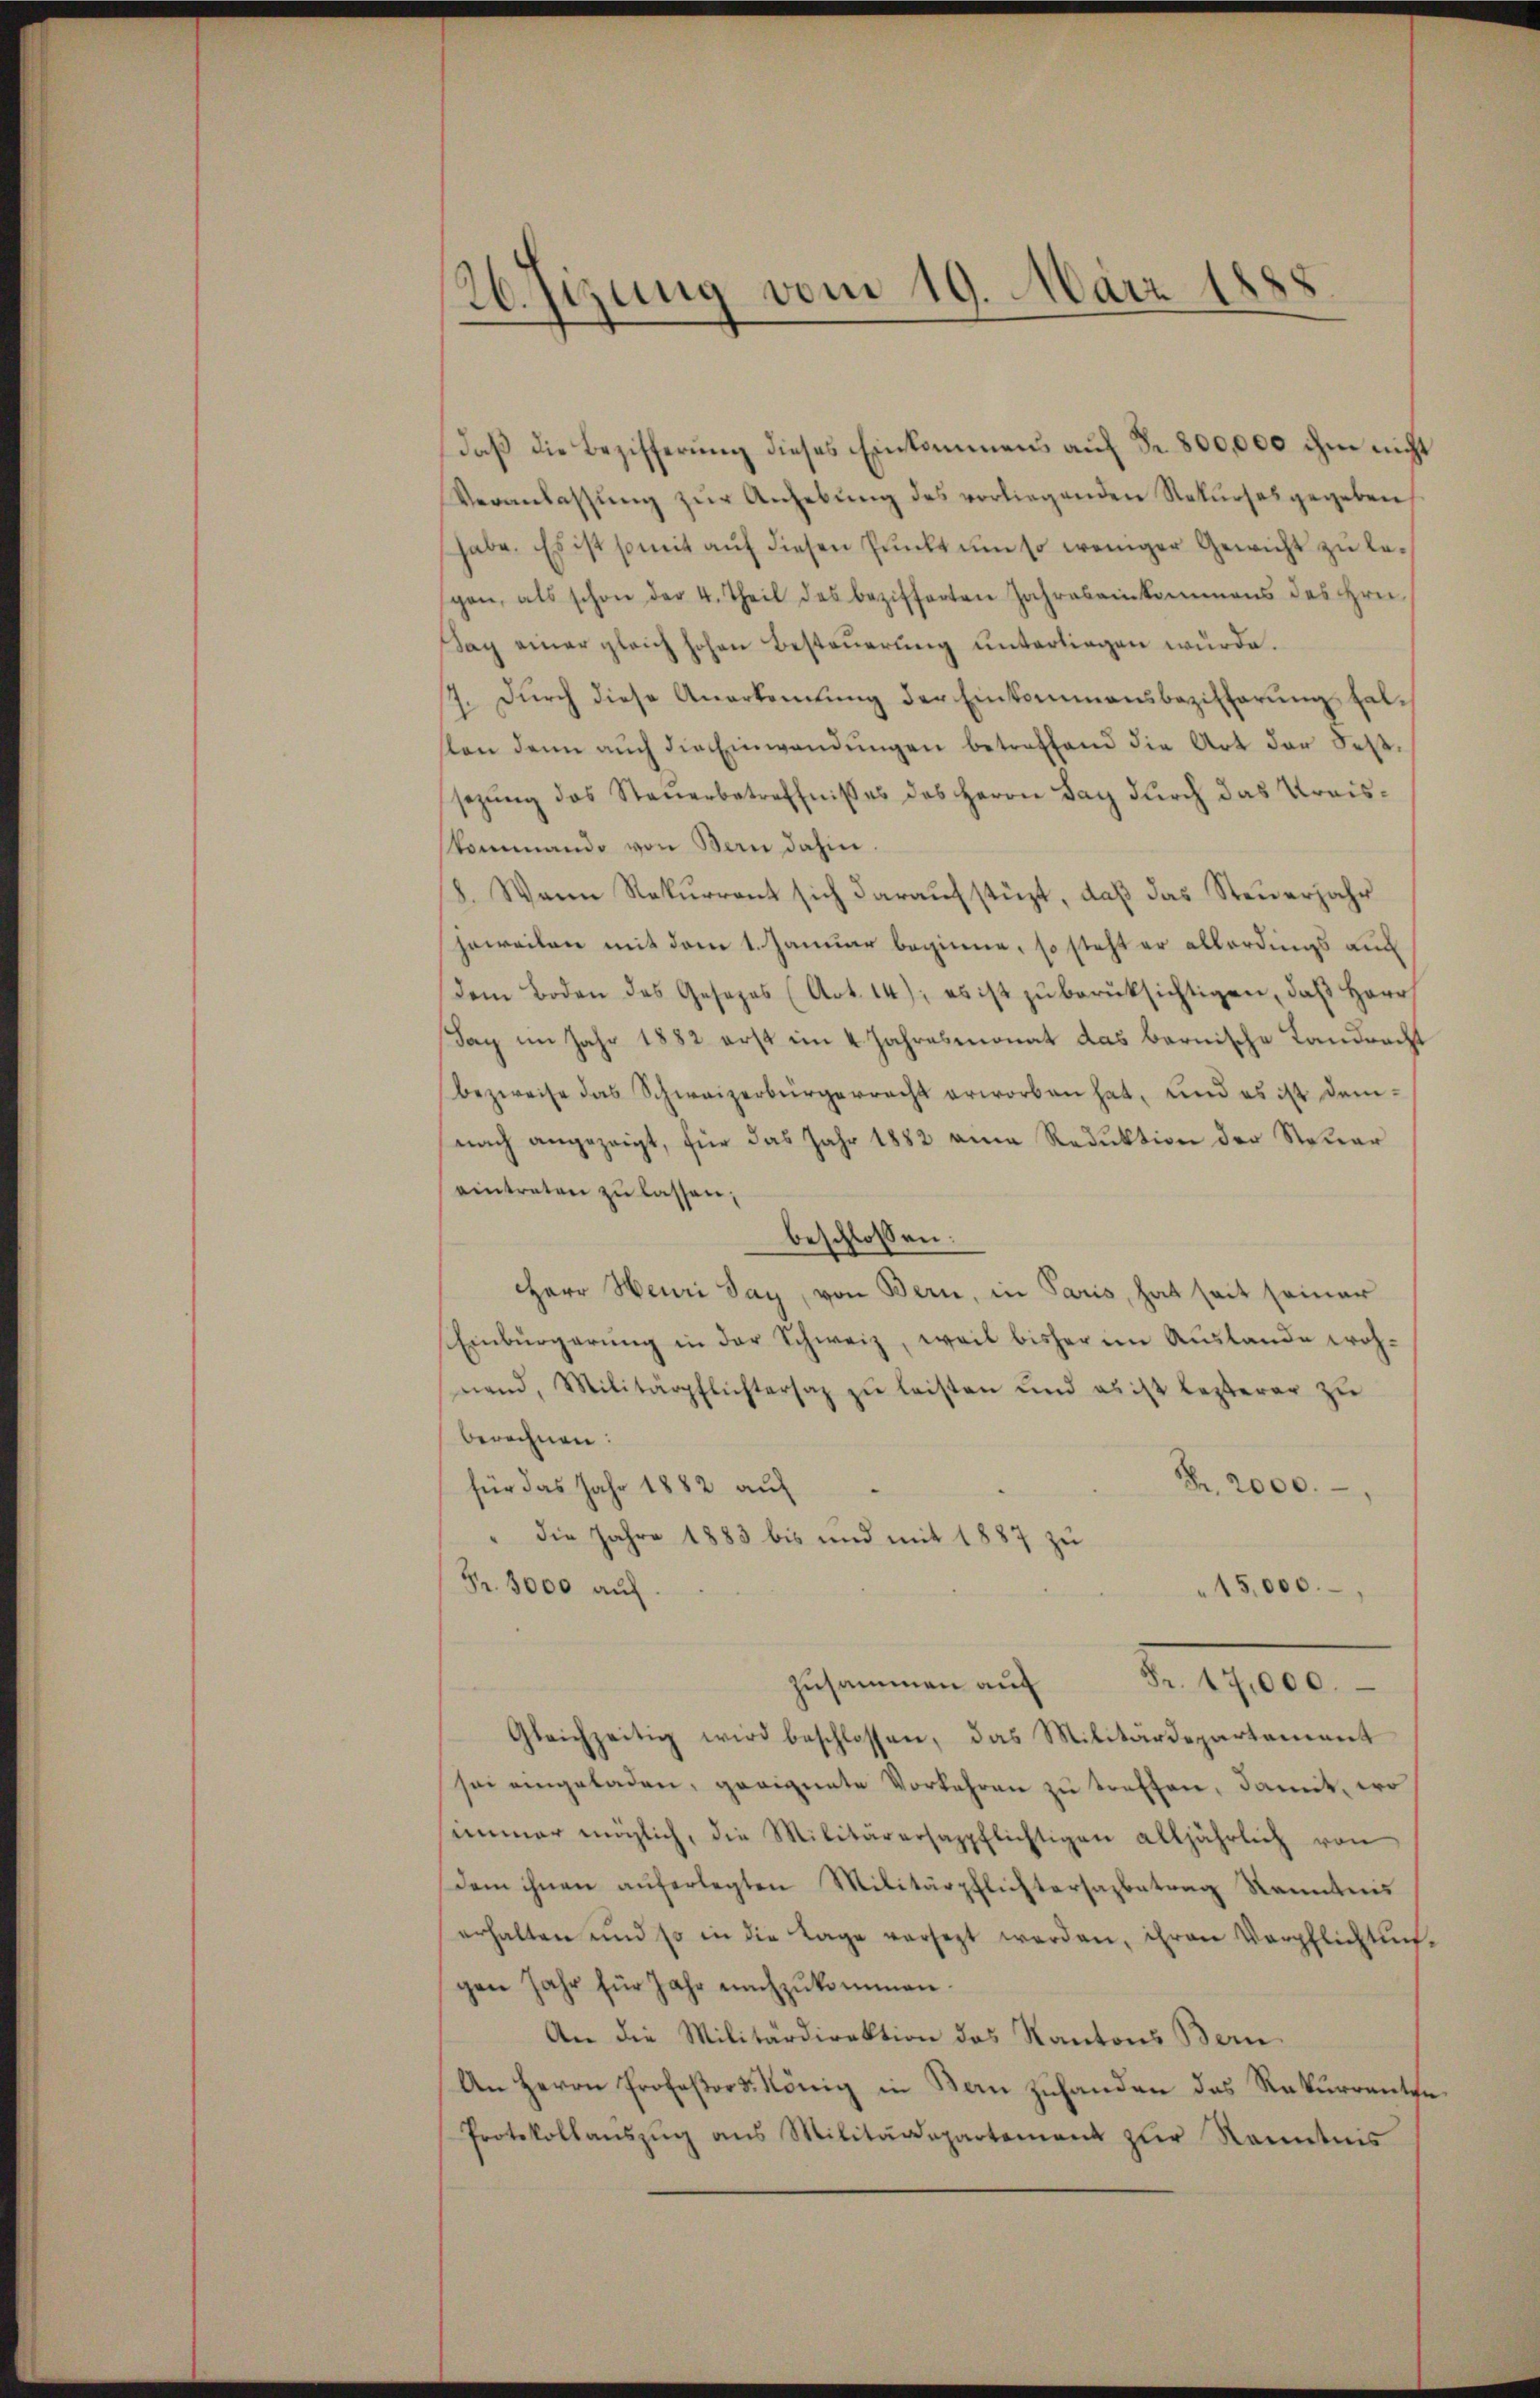
.
26. Jizung vom 19. März 18

daß die Bezifferung dieses Einkommens auf Fr. 800,000 ihm nicht
Veranlassŭng zŭr Anhebŭng des vorliegenden Rekŭrses gegeben
habe. Es ist somit auf diesen Punkt um so weniger Gewicht zu legen, als schon der 4. Theil des bezifferten Jahres einkommens des Hrn.
Sag einer gleich hohen Besteuerung unterliegen wurde.
7. Durch diese Anerkennung der Einkommensbezifferungsfalson denn aŭch die Einwendŭngen betreffend die Art der Festsezŭng des Steŭerbetreffnisses des Herrn Bay dŭrch das Kraiskommando von Bern dahin.
8. Wann Rekurrent sich daraufstüzt, daß das Steuerjahr
jeweilen mit dem 1. Januar beginne, so steht er allerdings auch
dem Boden des Gesezes (Art. 14); es ist zŭ berüksichtigen, daβ Herr
Tag im Jahr 1882 erst im 4. Jahresmonat das bernische Landracht
bezweife das Schweizerbürgerrecht erworben hat, und es ist demnach angezeigt, für das Jahr 1882 eine Reduktion der Steuer
eintreten zŭ lassen;
beschlossen:
Herr Heuri Tag, von Bern, in Paris, hat seit seiner
Einbürgerung in der Schweiz, weil bisher im Auslande woh-
nend, Militärpflichtersaz zŭ leisten und es ist lezterer zu
berechnen:
Fr. 2000.
für das Jahr 1882 auf
" die Jahre 1883 bis und mit 1887 zu
Fr. 3000 auf
15,000.
Fr. 17,000.
Zusammen auf
Gleichzeitig wird beschlossen, das Militärdepartement
sei eingeladen, geeignete Vorkehren zŭ treffen, damit, wo
immer möglich, die Militärarsappflichtigen alljährlich von
Dem ihnen auferlegten Militärpflichtersagbetrag Kenntnis
erhalten und so in die Lage versezt werden, ihren Verpflichtung.
gen Jahr für Jahr nachzukommen.
An die Militärdirektion das Kantons Bern.
An Herrn Professors König in San zuhanden das Rekurrentfe
Protokollaŭszŭg ans Militärdepartement zŭr Kenntnis